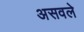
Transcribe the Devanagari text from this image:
असवले